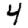
Digit: 4